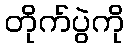
တိုက်ပွဲကို